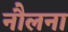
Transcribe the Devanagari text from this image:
नौलना